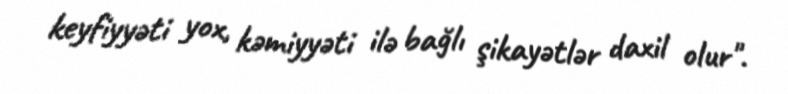
keyfiyyəti yox, kəmiyyəti ilə bağlı şikayətlər daxil olur".